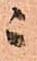
ニ